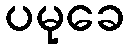
ပမုခေ